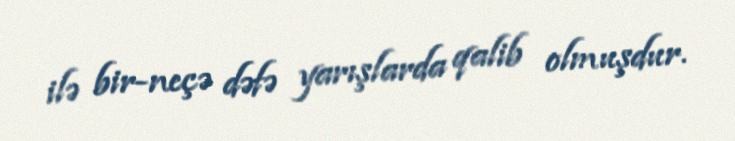
ilə bir-neçə dəfə yarışlarda qalib olmuşdur.